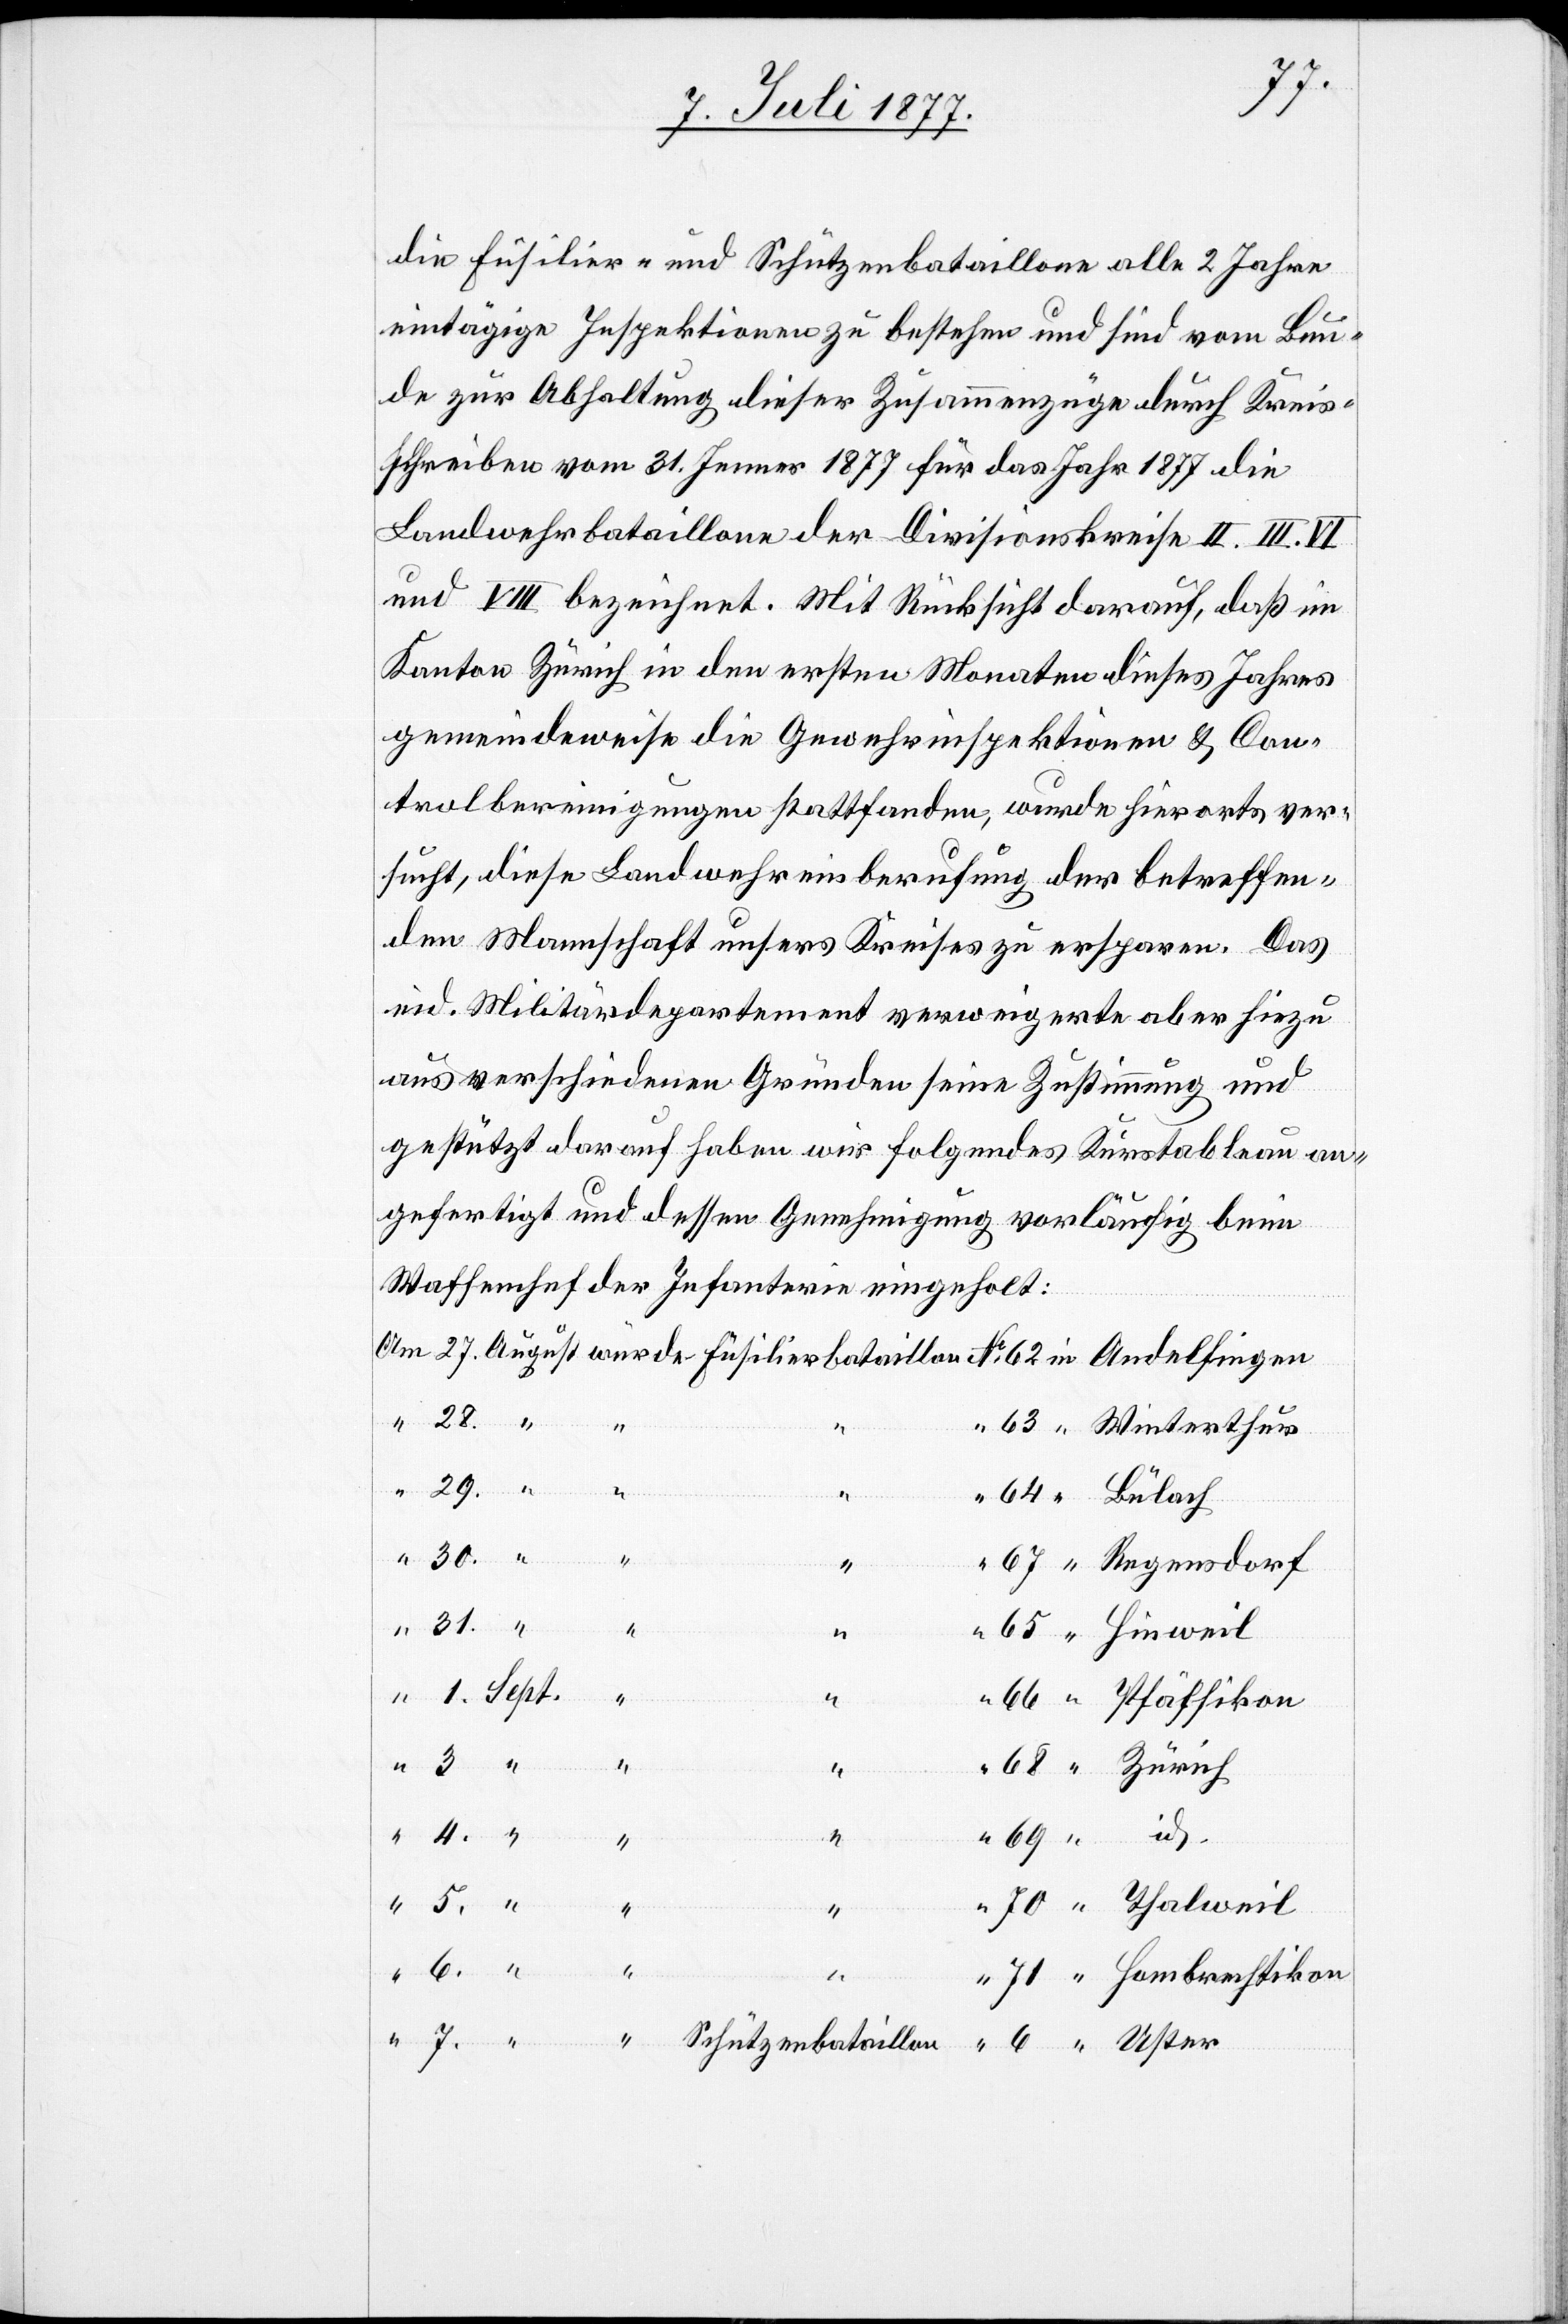
7.
die Füsilier- und Schützenbataillone alle 2 Jahre
eintägige Inspektionen zu bestehen und sind vom Bun¬
de zur Abhaltung dieser Zusammenzüge durch Kreis¬
schreiben vom 31. Jenner 1877 für das Jahr 1877 die
Landwehrbataillone der Divisionskreise II. III. VI.
und VIII bezeichnet. Mit Rücksicht darauf, daß im
Kanton Zürich in den ersten Monaten dieses Jahres
gemeindeweise die Gewehrinspektionen & Con¬
trolbereinigungen stattfanden, wurde hierorts ver¬
sucht, diese Landwehreinberufung der betreffen¬
den Mannschaft unsers Kreises zu ersparen. Das
eid. Militärdepartement verweigerte aber hiezu
aus verschiedenen Gründen seine Zustimmung und
gestützt darauf haben wir folgendes Kurstableau an¬
gefertigt und dessen Genehmigung vorläufig beim
Waffenchef der Infanterie eingeholt:
“ Winterthur
30.
“ Bülach
31.
“ Hinweil
“
“ Pfäffikon
“
“
4.
6.
71
“ Hombrechtikon